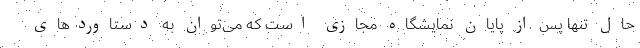
حال تنها پس از پایان نمایشگاه مجازی است که می‌توان به دستاورد‌های